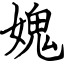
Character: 媿